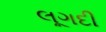
લૂગદી